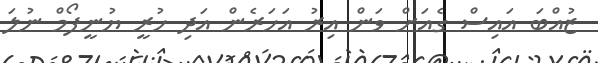
ޒުއްބަ އައިސް ގެއަށް ވަން އިރު އަހަރެން އަދި ހުރީ ޔުނީފޯމް ނުލަ